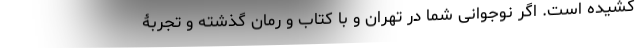
کشیده است. اگر نوجوانی شما در تهران و با کتاب و رمان گذشته و تجربۀ